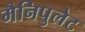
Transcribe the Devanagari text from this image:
मैनिपुलेट